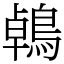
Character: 鵫